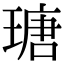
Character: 瑭